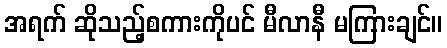
အရက် ဆိုသည့်စကားကိုပင် မီလာနီ မကြားချင်။